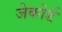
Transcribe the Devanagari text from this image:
जेकोर्ड